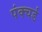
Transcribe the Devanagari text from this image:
पंक्चर्ड